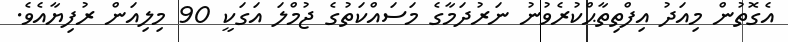
އެގޮތުން މިއަދު އިފްތިތާޙްކުރެވުނު ނަރުދަމާގެ މަސައްކަތުގެ ޖުމްލަ އަގަކީ 90 މިލިއަން ރުފިޔާއެވެ.